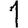
Digit: 1